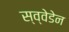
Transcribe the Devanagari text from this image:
स्व्वेडेन